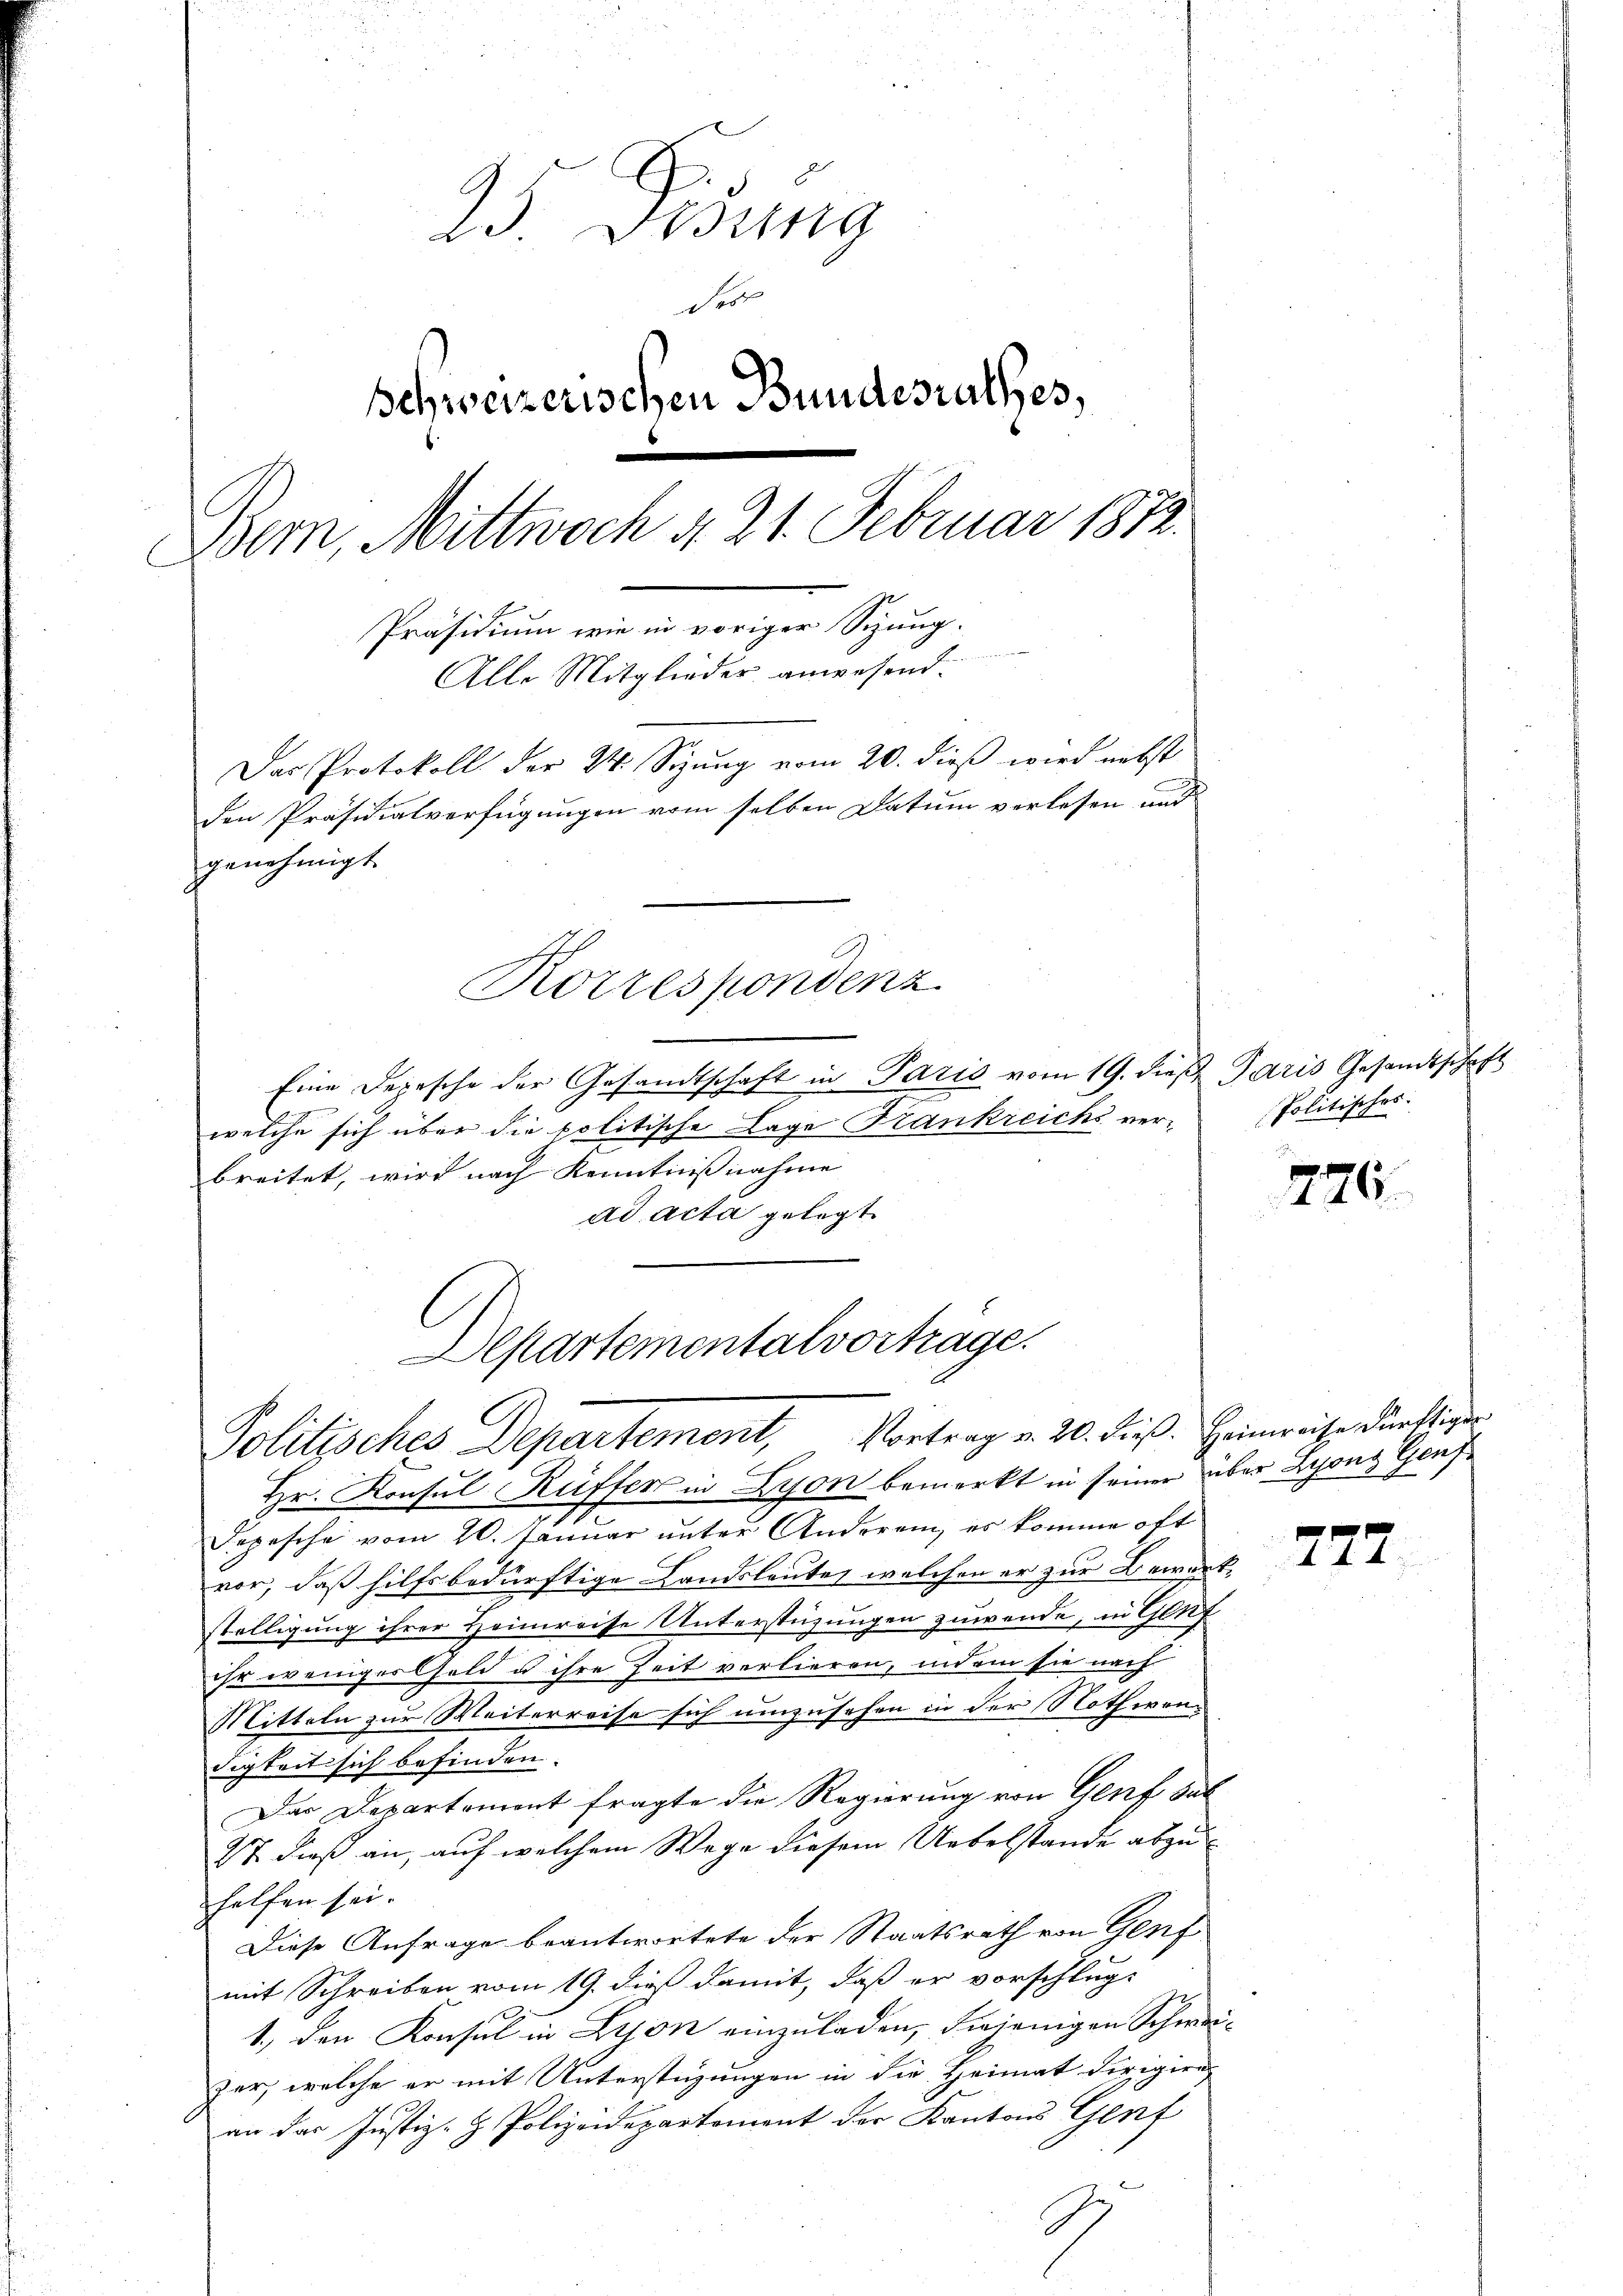
25 Fidung
er
Schweizerischen Bundesrathes,
Bem, Mittwoch d. 21. Februar 1812.
Präsidium wie in voriger Sitzung.
mien
Alle Mitglieder anwesend.
Das Protokoll der 24. Sizung vom 20. dieß wird nebst
den Präsidialverfügungen vom selben Datum verlesen und
genehmigt.
Korrespondenz
Eine Depesche der Gesandtschaft in Paris vom 19. dieß Jaris Gesandtschaft

welche sich über die politische Lage Frankreichs ver-
breitet, wird nach Kenntnißnahme
ad acta gelegt.
Hr. Konsul Rüffer in Lyon bemerkt in seiner über Lyons Genf
Depesche vom 20. Januar unter Anderem, es komme oft
vor, daß hilfsbedürftige Landsleute, welchen er zur Bewart
stelligung ihrer Heimreisse Unterstüzungen zuwende, in Genf
ihr wenigerold u ihre Zeit verlieren, indem sie nach
Mitteln zur Weiterreise sich umzusehen in der Nothwendigkeit sich befinden.
Das Departemont fragte die Regierung von Genf bet
27. dieß an, auf welchem Wege diesem Uebelstande abzuhelfen sei.
Diese Anfrage beantwortete der Staatsrath von Genf
mit Schreiben vom 19. dieß damit, daß er vorschlug-
1., den Konsul in Lyon einzuladen, diejenigen Schweizer, welche er mit Unterstüzungen in die Heimat dirigire
an das Justiz- & Polizeidepartement der Kantons Genf

Departementalvortrage.
Politisches Departement, Vortrag v. 20. dieß. Heimreise dürftiger

Politisches:

776.

777